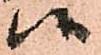
候